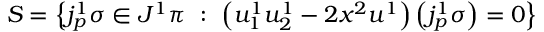
S = \left\{ j _ { p } ^ { 1 } \sigma \in J ^ { 1 } \pi \ : \ \left( u _ { 1 } ^ { 1 } u _ { 2 } ^ { 1 } - 2 x ^ { 2 } u ^ { 1 } \right) \left( j _ { p } ^ { 1 } \sigma \right) = 0 \right\}